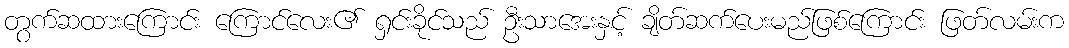
တွက်ဆထားကြောင်း ကြောင်လေး၏ ရှင်းခိုင်သည် ဦးသာအေးနှင့် ချိတ်ဆက်ပေးမည်ဖြစ်ကြောင်း ဖြတ်လမ်းက